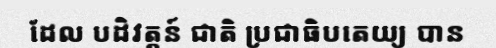
ដែល បដិវត្តន៍ ជាតិ ប្រជាធិបតេយ្យ បាន